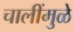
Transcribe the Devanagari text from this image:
चालींमुळे